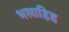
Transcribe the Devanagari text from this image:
भलाहिह